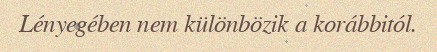
Lényegében nem különbözik a korábbitól.